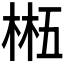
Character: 𬃂